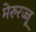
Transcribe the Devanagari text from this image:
मेरुरज्जू